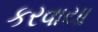
કરવાયા